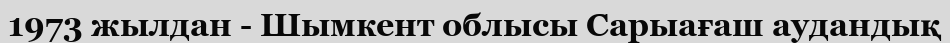
1973 жылдан - Шымкент облысы Сарыағаш аудандық